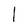
Character: 1